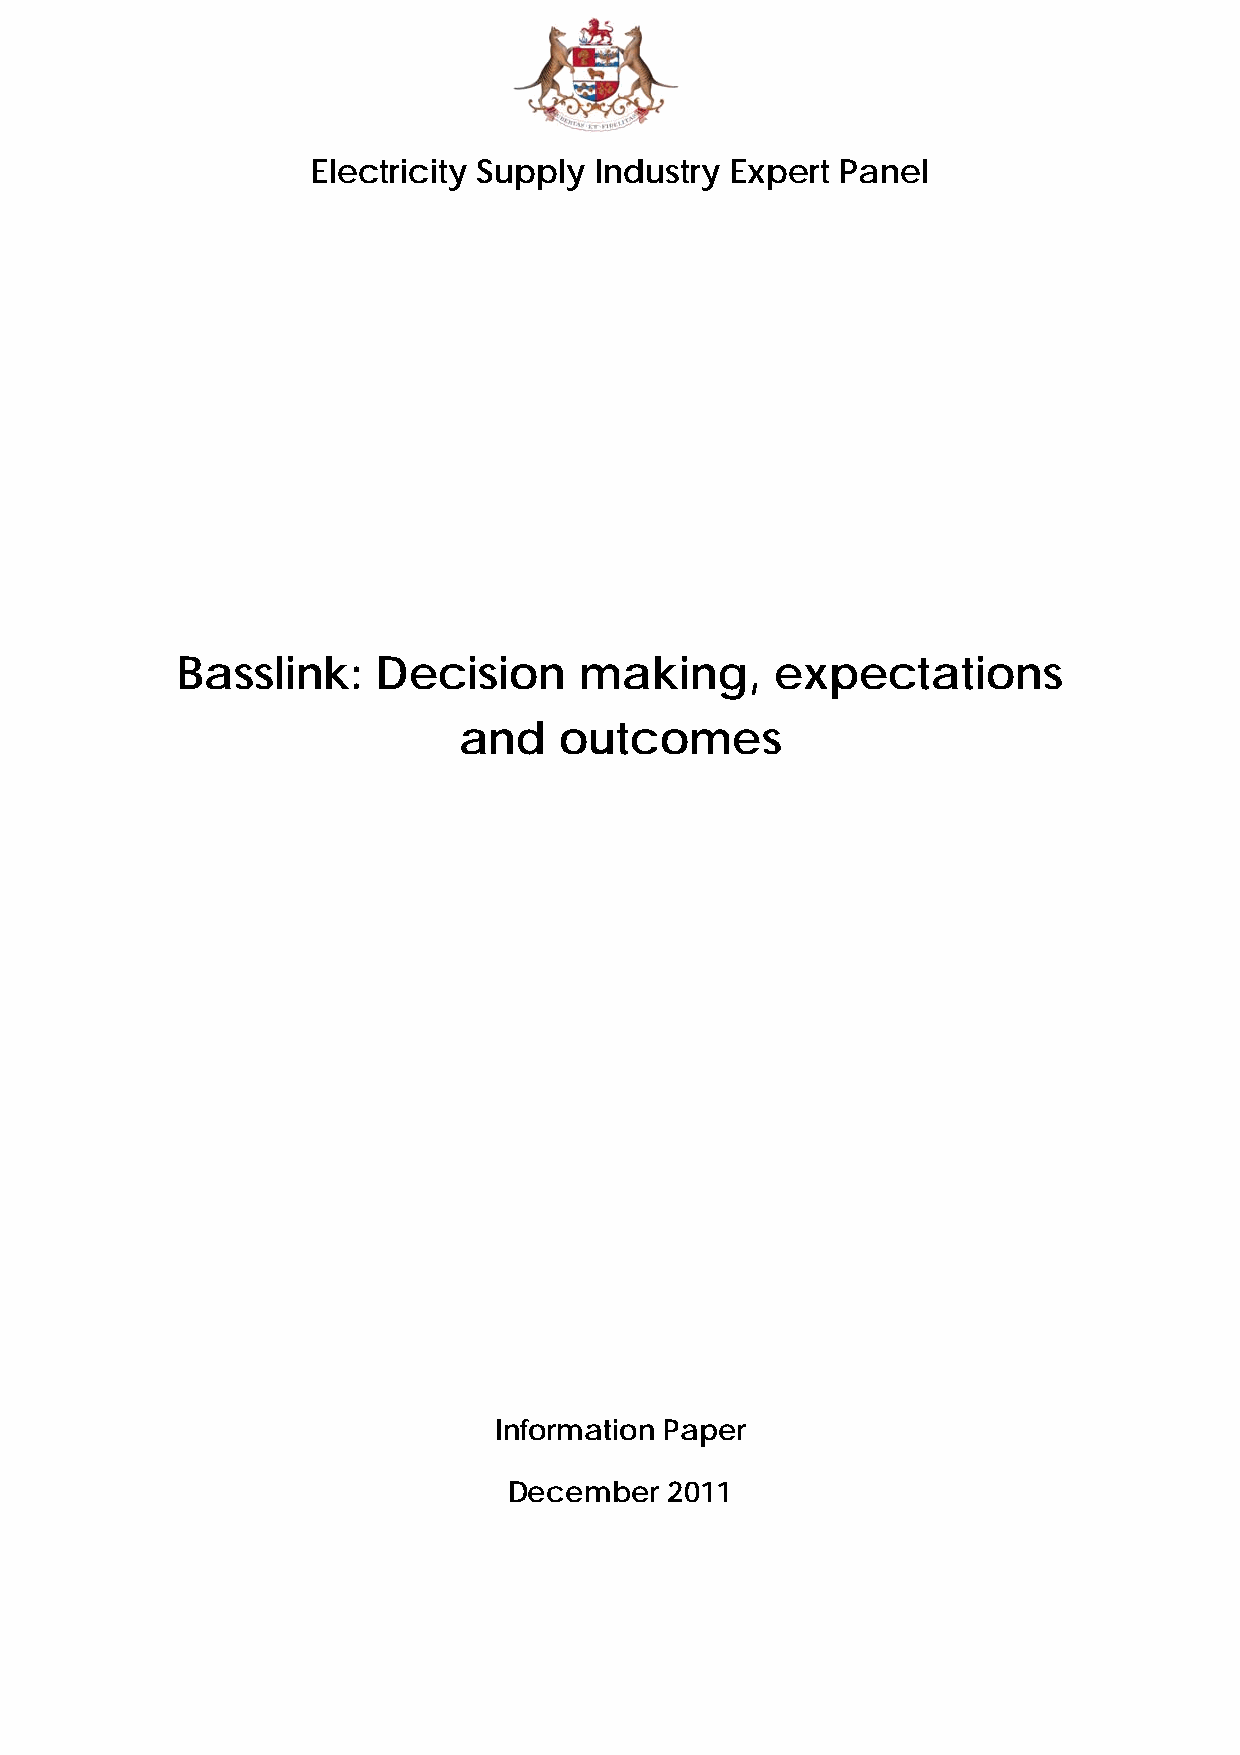
Electricity Supply Industry Expert Panel
 Basslink:    Decision     making,      expectations
 and    outcomes
 Information Paper
 December  2011